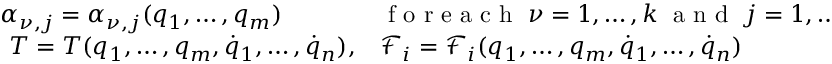
\begin{array} { l l } { \alpha _ { \nu , j } = \alpha _ { \nu , j } ( q _ { 1 } , \dots , q _ { m } ) } & { \textrm { f o r e a c h } \; \nu = 1 , \dots , k \; \textrm { a n d } \; j = 1 , \dots , m } \\ { \ T = T ( q _ { 1 } , \dots , q _ { m } , { \dot { q } } _ { 1 } , \dots , { \dot { q } } _ { n } ) , } & { \mathcal { F } _ { i } = \mathcal { F } _ { i } ( q _ { 1 } , \dots , q _ { m } , { \dot { q } } _ { 1 } , \dots , { \dot { q } } _ { n } ) } \end{array}